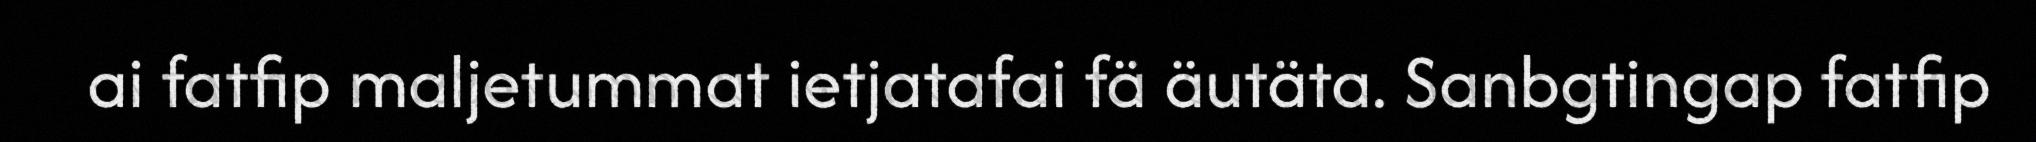
ai fatfip maljetummat ietjatafai fä äutäta. Sanbgtingap fatfip